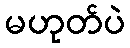
မဟုတ်ပဲ